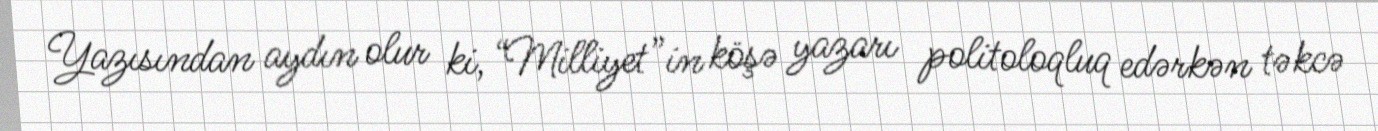
Yazısından aydın olur ki, “Milliyet”in köşə yazarı politoloqluq edərkən təkcə